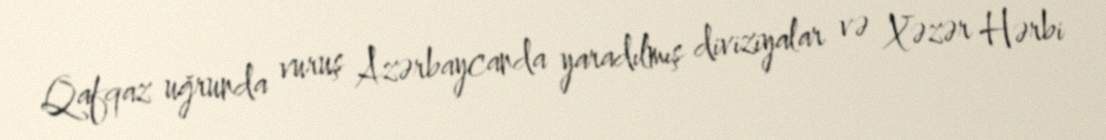
Qafqaz uğrunda vuruş Azərbaycanda yaradılmış diviziyalar və Xəzər Hərbi